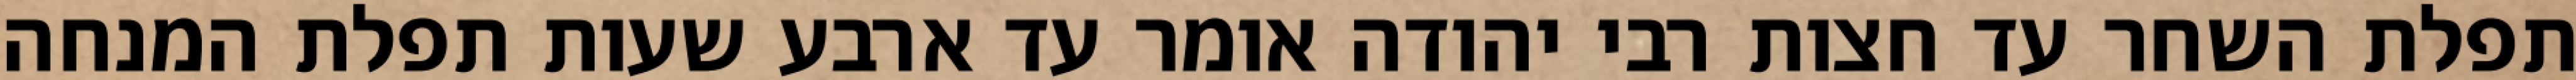
תפלת השחר עד חצות רבי יהודה אומר עד ארבע שעות תפלת המנחה